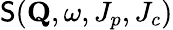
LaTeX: \mathsf{S}(\mathbf{{Q}},\omega,J_{p},J_{c})